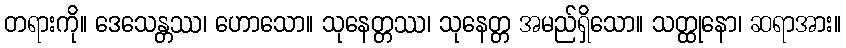
တရားကို။ ဒေသေန္တဿ၊ ဟောသော။ သုနေတ္တဿ၊ သုနေတ္တ အမည်ရှိသော။ သတ္ထုနော၊ ဆရာအား။